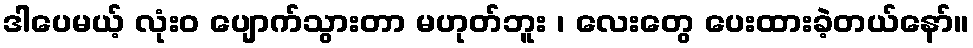
ဒါပေမယ့် လုံးဝ ပျောက်သွားတာ မဟုတ်ဘူး ၊ လေးတွေ ပေးထားခဲ့တယ်နော်။